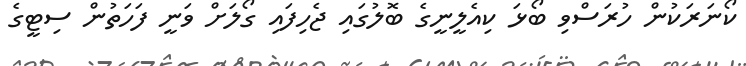
ކޯނަރަކުން ހުރަސްވި ބޯޅަ ކިއެލީނީގެ ބޮލުގައި ޖެހިފައި ގޯލަށް ވަނީ ފަހަތުން ސިޓީގެ